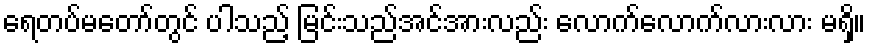
ရေတပ်မတော်တွင် ပါသည့် မြင်းသည်အင်အားလည်း လောက်လောက်လားလား မရှိ။